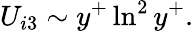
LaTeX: U_{i3}\sim y^{+}\ln^{2}y^{+}.